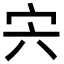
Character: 宍